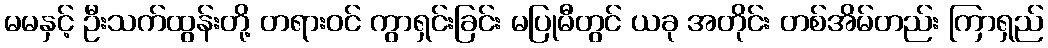
မမနှင့် ဦးသက်ထွန်းတို့ တရားဝင် ကွာရှင်းခြင်း မပြုမီတွင် ယခု အတိုင်း တစ်အိမ်တည်း ကြာရှည်